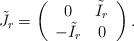
LaTeX: \begin{align*}\tilde J_r = \left( \begin{array}{cc}0 & \tilde I_r \\-\tilde I_r & 0\end{array} \right).\end{align*}